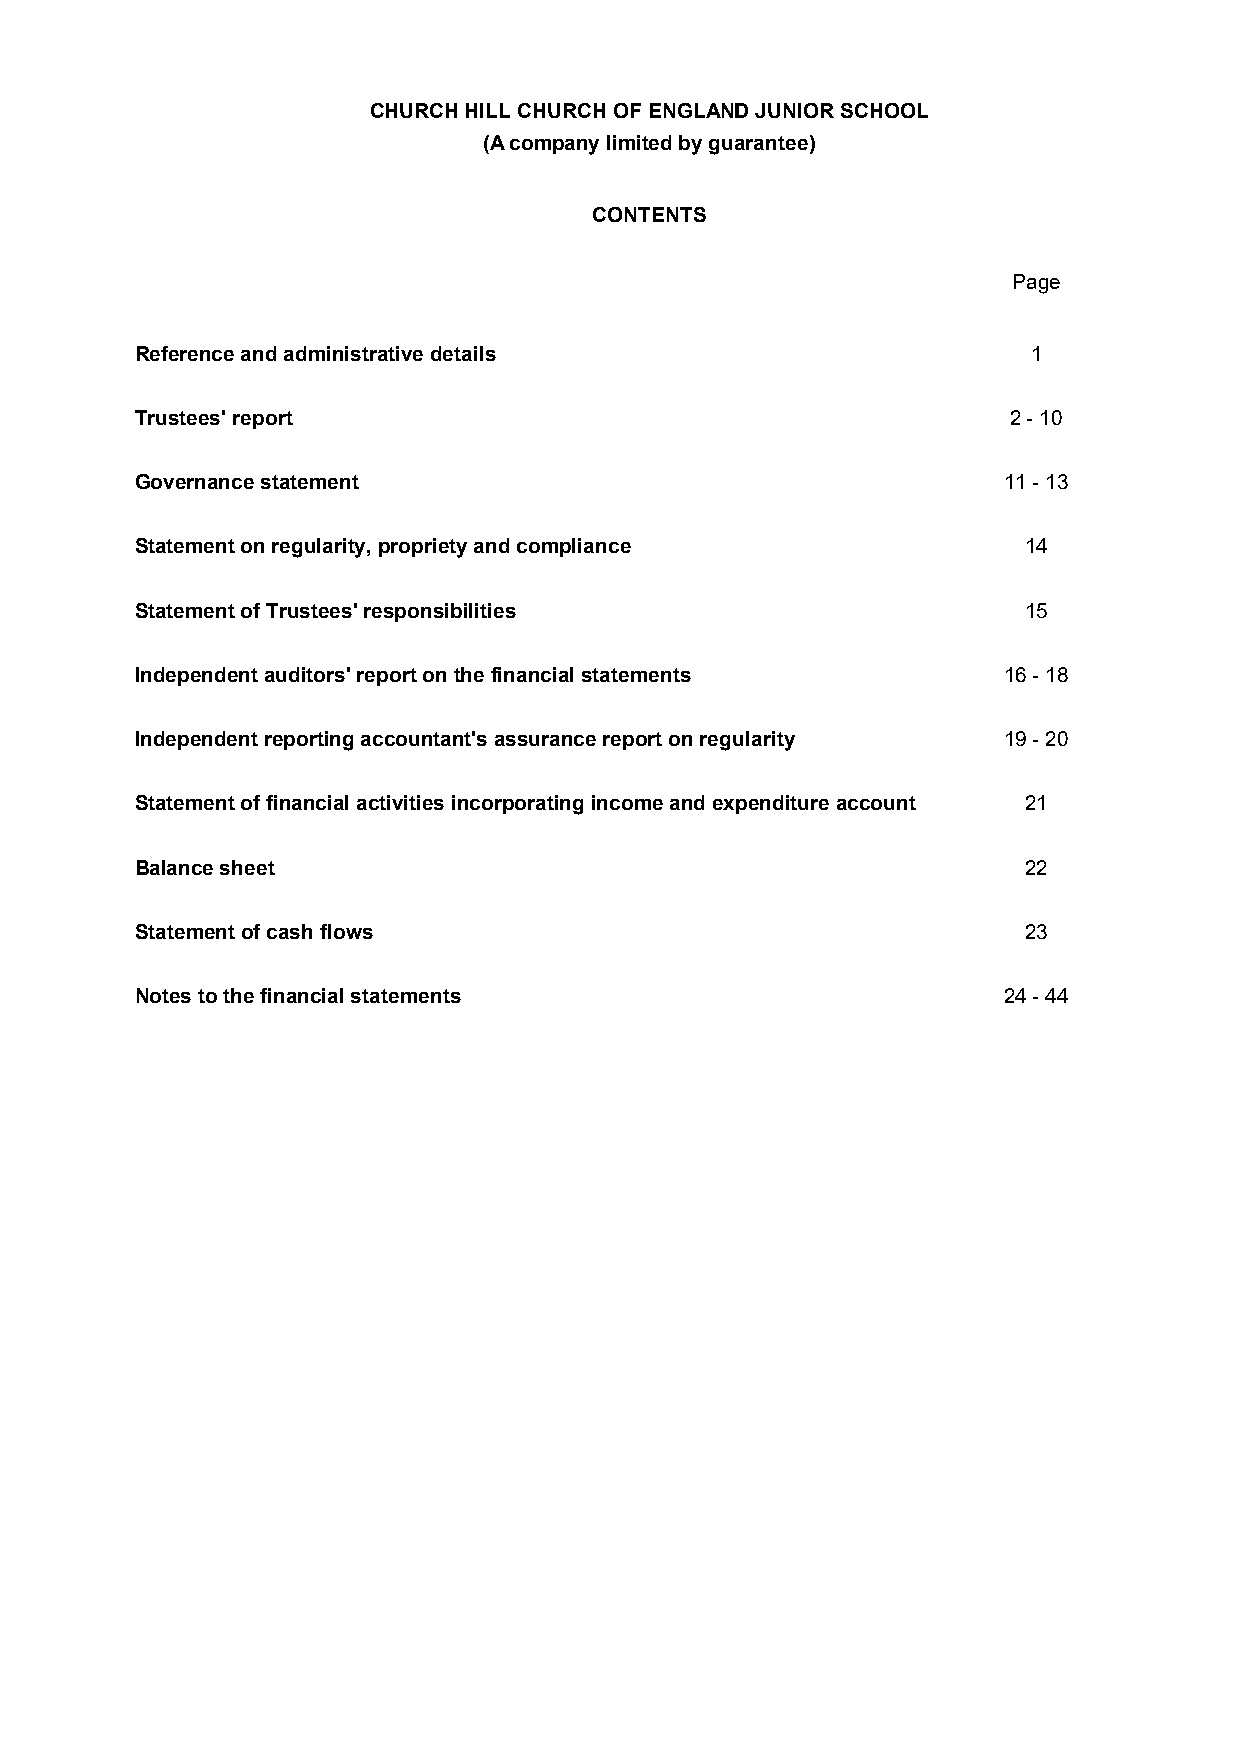
CHURCH HILL CHURCH OF ENGLAND JUNIOR SCHOOL
 (A company limited by guarantee)
 CONTENTS
 Page
 Reference and administrative details                       1
 Trustees' report                                          2 - 10
 Governance statement                                     11 - 13
 Statement on regularity, propriety and compliance          14
 Statement of Trustees' responsibilities                    15
 Independent auditors' report on the financial statements 16 - 18
 Independent reporting accountant's assurance report on regularity 19 - 20
 Statement of financial activities incorporating income and expenditure account 21
 Balance sheet                                              22
 Statement of cash flows                                    23
 Notes to the financial statements                        24 - 44